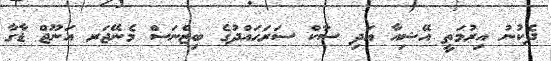
ދެކުނު އިރުމަތީ އޭޝިއާ އަދި ސާކް ސަރަހައްދުގެ ބިޒްނަސް މެނޭޖަރ އަނޫޖް ޑާގާ